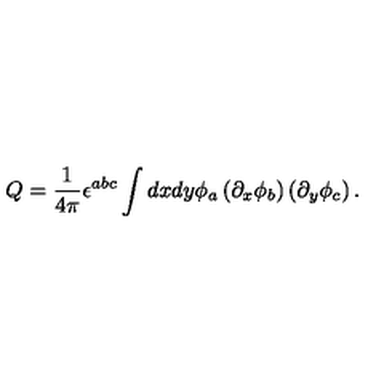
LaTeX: Q = \frac { 1 } { 4 \pi } \epsilon ^ { a b c } \int d x d y \phi _ { a } \left( \partial _ { x } \phi _ { b } \right) \left( \partial _ { y } \phi _ { c } \right) .